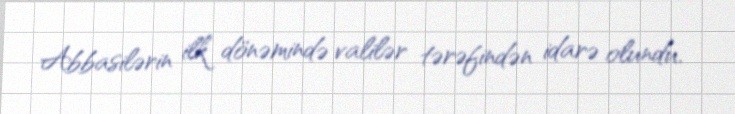
Abbasilərin ilk dönəmində valilər tərəfindən idarə olundu.